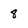
Character: 8